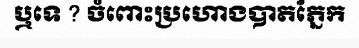
ឬទេ ? ចំពោះប្រហោងបាតភ្នែក